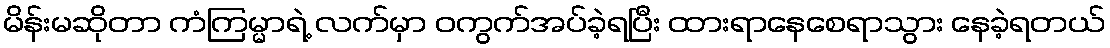
မိန်းမဆိုတာ ကံကြမ္မာရဲ့ လက်မှာ ဝကွက်အပ်ခဲ့ရပြီး ထားရာနေစေရာသွား နေခဲ့ရတယ်